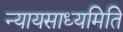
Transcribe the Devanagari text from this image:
न्यायसाध्यमिति